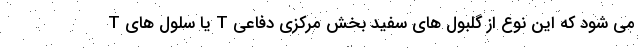
T یا سلول های T می شود که این نوع از گلبول های سفید بخش مرکزی دفاعی